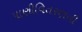
પાણીવિતરણની